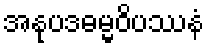
အနုပဒဓမ္မဝိပဿနံ